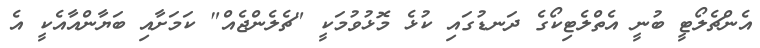
އެންޗެލޯޓީ ބުނީ އެތްލެޓިކޯގެ ދަނޑުގައި ކުޅެ މޮޅުވުމަކީ "ޗެލެންޖެއް" ކަމަށާއި ބަޔާންއާއެކީ އެ